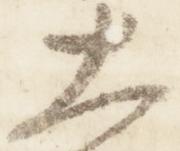
大